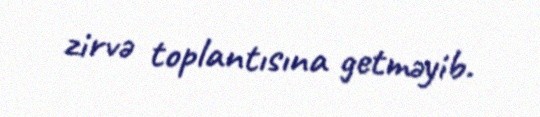
zirvə toplantısına getməyib.